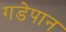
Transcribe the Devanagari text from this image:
गडेपान